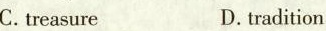
C.treasure D.tradition